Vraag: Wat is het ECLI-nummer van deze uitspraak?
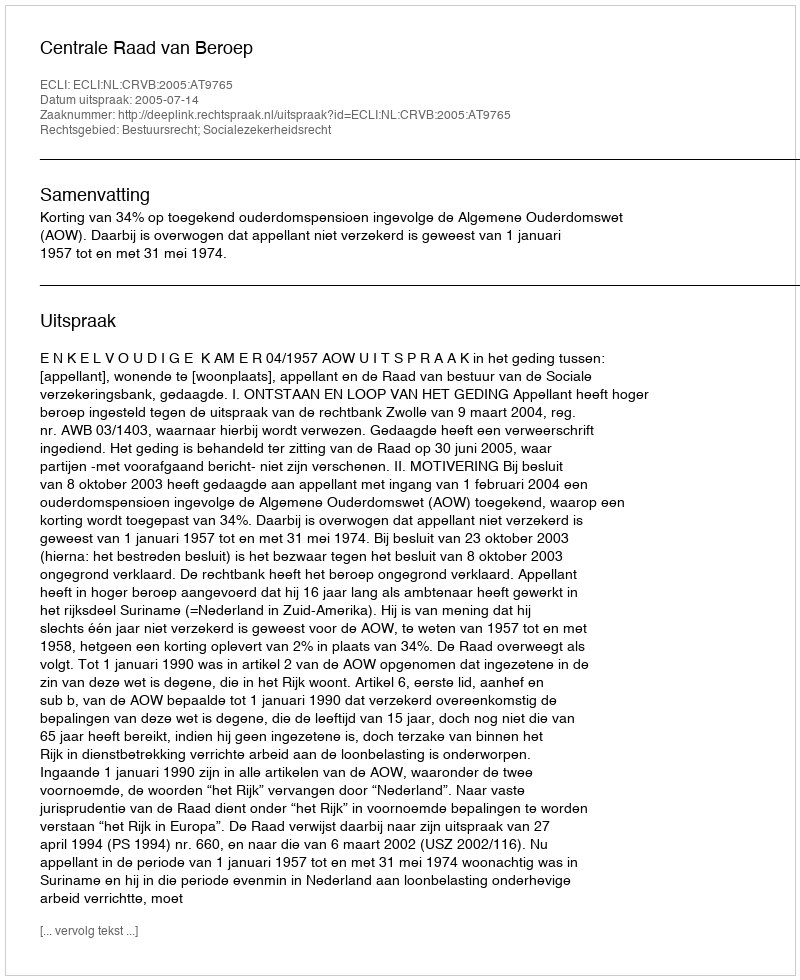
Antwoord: ECLI:NL:CRVB:2005:AT9765